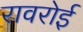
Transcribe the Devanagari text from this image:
रावरोई